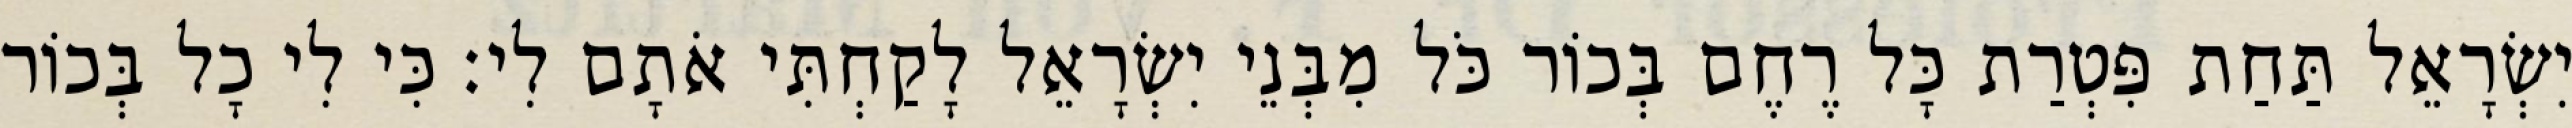
יִשְׂרָאֵל תַּחַת פִּטְרַת כָּל רֶחֶם בְּכוֹר כֹּל מִבְּנֵי יִשְׂרָאֵל לָקַחְתִּי אֹתָם לִי׃ כִּי לִי כָל בְּכוֹר